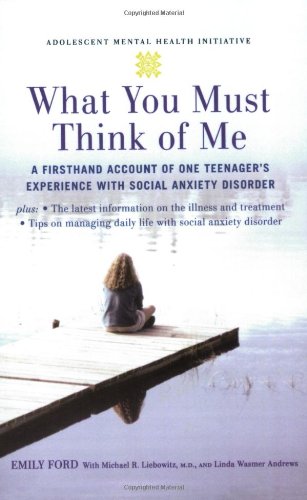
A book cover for What You Must Think of Me: A Firsthand Account of One Teenager's Experience with Social Anxiety Disorder (Adolescent Mental Health Initiative); Emily Ford; Biographies & Memoirs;